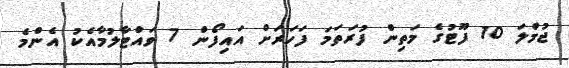
ޖުމްލަ 10 ފޫޓުގެ މަތިން ފުރަތަމަ ފަހަރަށް އައިފޯން 7 ވައްޓާލުމާއެކު އެންމެ